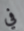
في